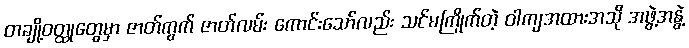
တချို့ဝတ္ထုတွေမှာ ဇာတ်ကွက် ဇာတ်လမ်း ကောင်းသော်လည်း သင်မကြိုက်တဲ့ ဝါကျအထားအသို အဖွဲ့အနွဲ့